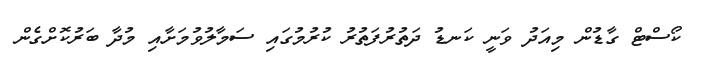
ކޯސްޓް ގާޑުން މިއަދު ވަނީ ކަނޑު ދަތުރުފަތުރު ކުރުމުގައި ސަމާލުވުމަށާއި މުދާ ބަރުކޮށްގެން